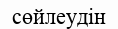
сөйлеудін